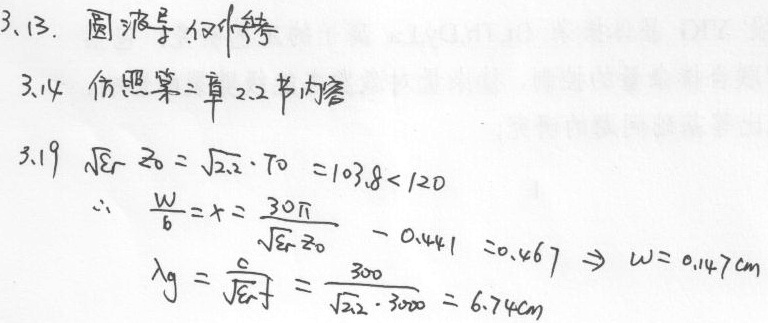
3.13. 圆波导 仅作参考
3.14 仿照第二章2.2节内容
3.19
\(\sqrt{\varepsilon_r}Z_0=\sqrt{2.2}\cdot Z_0 = 103.8<120\)
\(\therefore \frac{W}{b}=x = \frac{30\pi}{\sqrt{\varepsilon_r}Z_0}-0.441 = 0.667\Rightarrow W = 0.147\text{cm}\)
\(\lambda_g=\frac{c}{\sqrt{\varepsilon_r}f}=\frac{300}{\sqrt{2.2}\cdot3000}=6.74\text{cm}\)